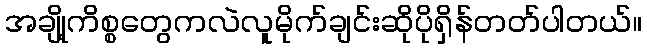
အချို့ကိစ္စတွေကလဲလူမိုက်ချင်းဆိုပိုရှိန်တတ်ပါတယ်။